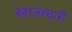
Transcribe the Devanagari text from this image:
खाताधारी